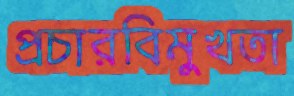
প্রচারবিমুখতা